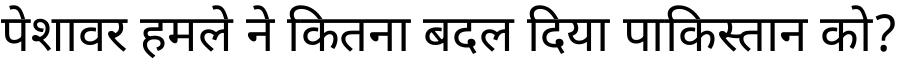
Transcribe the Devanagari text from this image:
पेशावर हमले ने कितना बदल दिया पाकिस्तान को?